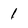
Character: 1